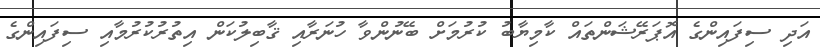
އަދި ސިފައިންގެ އޮޕަރޭޝަންތައް ކާމިޔާބު ކުރުމަށް ބޭނުންވާ ހުނަރާއި ޤާބިލުކަން އިތުރުކުރުމާއި ސިފައިންގެ